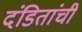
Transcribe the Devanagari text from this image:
दंडितांची